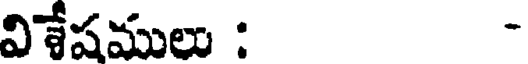
విశేషములు : -